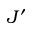
J ^ { \prime }